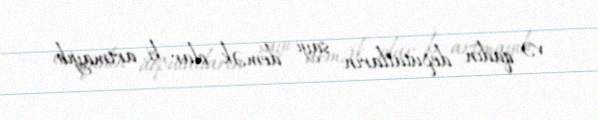
və qadın deputatların sayı demək olar ki, artmayıb.